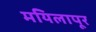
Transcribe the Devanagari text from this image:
मयिलापूर